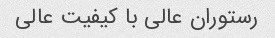
رستوران عالی با کیفیت عالی